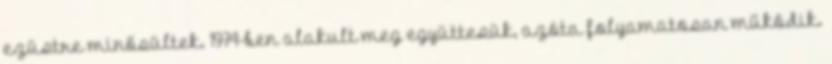
ezüstre minősültek. 1974-ben alakult meg együttesük, azóta folyamatosan működik.